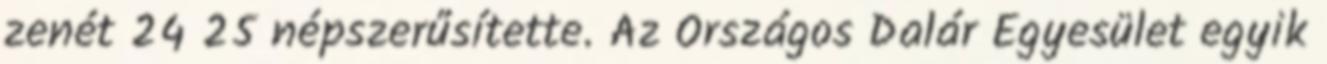
zenét 24 25 népszerűsítette. Az Országos Dalár Egyesület egyik